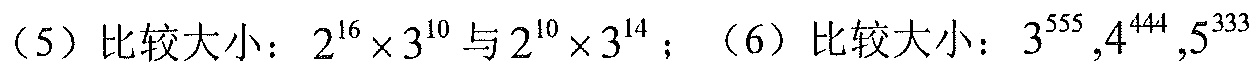
（5）比较大小：\(2^{16}\times3^{10}\)与\(2^{10}\times3^{14}\)；（6）比较大小：\(3^{555},4^{444},5^{333}\)